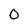
Character: 0